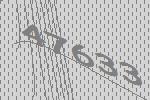
47633